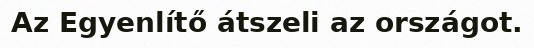
Az Egyenlítő átszeli az országot.